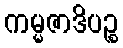
ကမ္မဇာဒိပဉ္စ